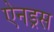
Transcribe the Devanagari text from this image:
ऐनड्रस